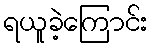
ရယူခဲ့ကြောင်း